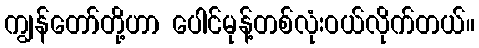
ကျွန်တော်တို့ဟာ ပေါင်မုန့်တစ်လုံးဝယ်လိုက်တယ်။